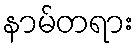
နာမ်တရား